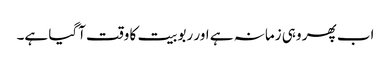
اب پھر وہی زمانہ ہے اور ربوبیت کا وقت آگیا ہے۔